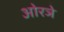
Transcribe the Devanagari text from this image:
ओरञे